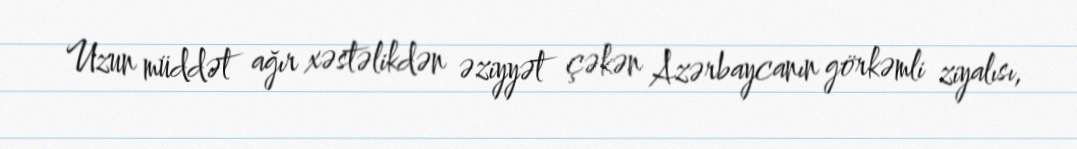
Uzun müddət ağır xəstəlikdən əziyyət çəkən Azərbaycanın görkəmli ziyalısı,